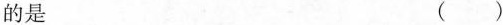
的是 ()